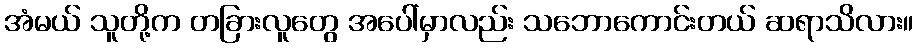
အံမယ် သူတို့က တခြားလူတွေ အပေါ်မှာလည်း သဘောကောင်းတယ် ဆရာသိလား။